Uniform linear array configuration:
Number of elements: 16
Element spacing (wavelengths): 0.25
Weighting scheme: blackman
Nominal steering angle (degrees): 45
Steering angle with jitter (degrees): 45.366
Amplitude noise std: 0.05
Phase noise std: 0.05

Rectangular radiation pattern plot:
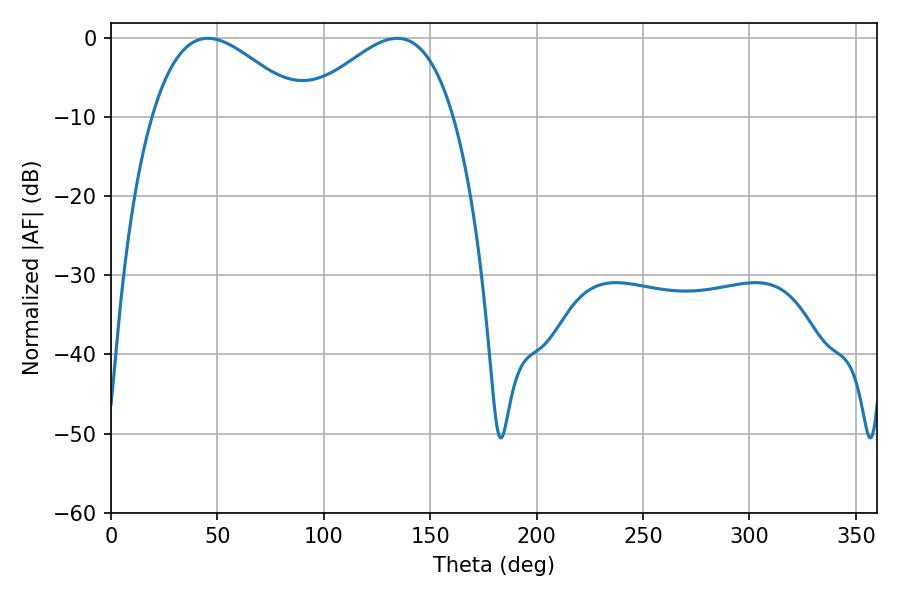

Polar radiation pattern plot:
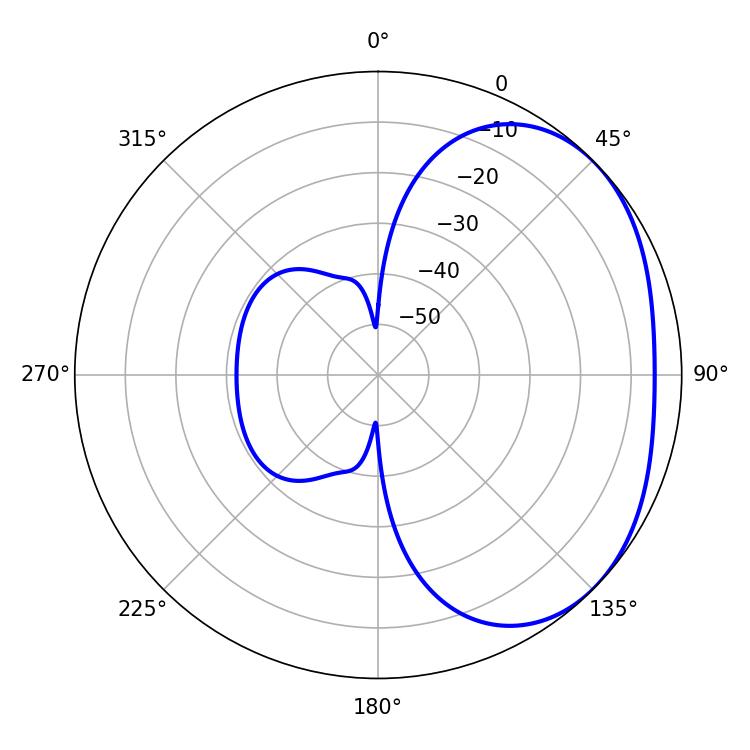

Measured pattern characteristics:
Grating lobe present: FALSE
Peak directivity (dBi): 2.579
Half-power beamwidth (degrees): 38.52
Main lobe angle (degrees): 45.54